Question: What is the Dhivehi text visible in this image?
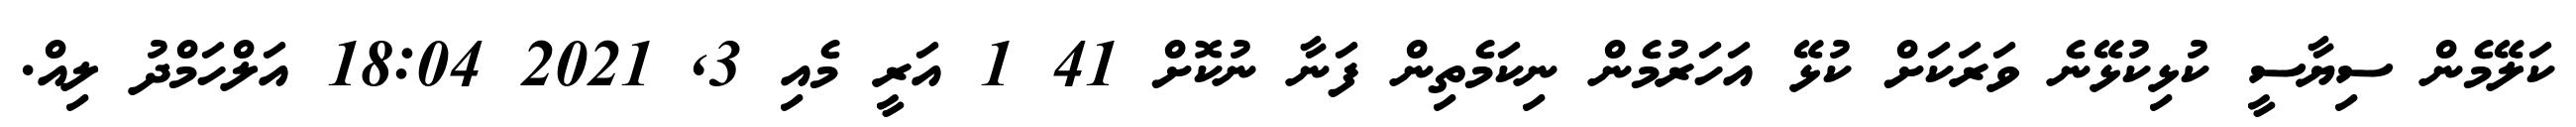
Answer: ކަލޭމެން ސިޔާސީ ކުޅިކުޅޭނެ ވަރަކަށް ކުޅޭ އަހަރުމެން ނިކަމެތިން ފަނާ ނުކޮށް 41 1 އަރީ މެއި 3, 2021 18:04 އަލްހަމްދު ލިއް.